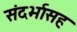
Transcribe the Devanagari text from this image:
संदर्भासह